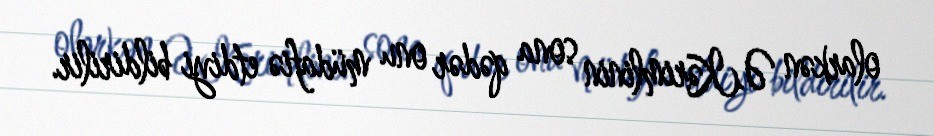
olarkən Ə.Kərimlinin sona qədər onu müdafiə etdiyi bildirilir.